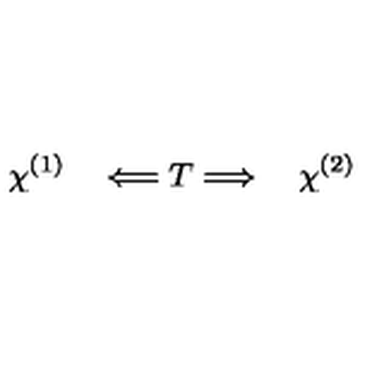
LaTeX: \chi ^ { ( 1 ) } \quad \Longleftarrow T \Longrightarrow \quad \chi ^ { ( 2 ) }